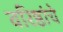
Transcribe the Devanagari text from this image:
वरिष्ठांचे